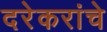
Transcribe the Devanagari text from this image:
दरेकरांचे